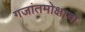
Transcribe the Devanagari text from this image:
गजांतमोक्षाचा